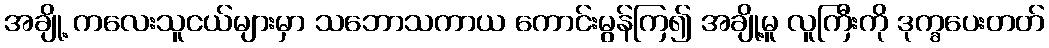
အချို့ ကလေးသူငယ်များမှာ သဘောသကာယ ကောင်းမွန်ကြ၍ အချို့မူ လူကြီးကို ဒုက္ခပေးတတ်